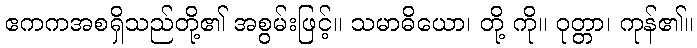
ဧကကအစရှိသည်တို့၏ အစွမ်းဖြင့်။ သမာဓိယော၊ တို့ ကို။ ဝုတ္တာ၊ ကုန်၏။